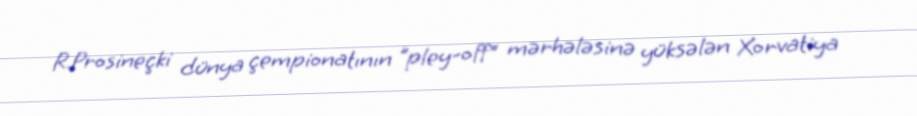
R.Prosineçki dünya çempionatının "pley-off" mərhələsinə yüksələn Xorvatiya